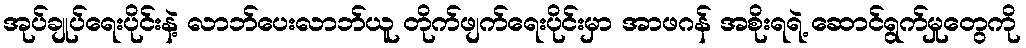
အုပ်ချုပ်ရေးပိုင်းနဲ့ လာဘ်ပေးလာဘ်ယူ တိုက်ဖျက်ရေးပိုင်းမှာ အာဖဂန် အစိုးရရဲ့ ဆောင်ရွက်မှုတွေကို